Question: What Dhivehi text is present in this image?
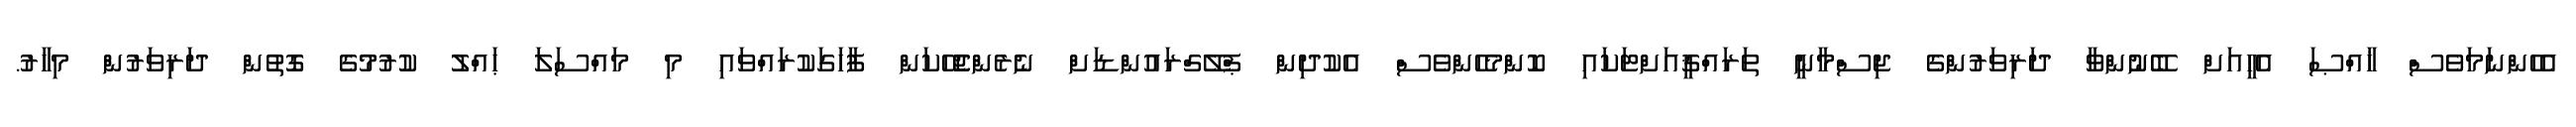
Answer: އެހެންނަމަވެސް ޚާއްޞަ އެހީއަށް ބޭނުންވާ ދަރިވަރުންގެ ޖިސްމާނީ ތަރައްޤީއަށްޓަކައި ކޮންމެހެންވެސް އެކުދިން ޕްލޭގްރައުންޑަށް ނެރެންޖެހޭކަން ފާހަގަކުރައްވައި މި މައްސަލަ ޙައްލު ކުރުމުގެ ގޮތުން ދަރިވަރުން މިހާރު.